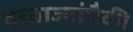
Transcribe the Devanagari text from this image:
दरवाज्यांपैकी